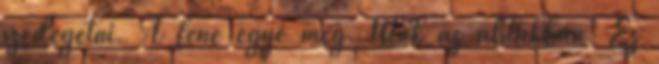
szedegetni. A fene egye meg. Ülök az ablakban. Ez